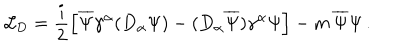
LaTeX: { \mathcal L } _ { \mathrm { D } } = \frac { i } { 2 } \left[ \overline { { { \Psi } } } \gamma ^ { \alpha } ( D _ { \alpha } \Psi ) - ( D _ { \alpha } \overline { { { \Psi } } } ) \gamma ^ { \alpha } \Psi \right] - m \, \overline { { { \Psi } } } \Psi \, .